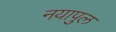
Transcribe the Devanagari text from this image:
नयापुल